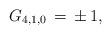
LaTeX: \begin{align*}G_{4,1,0}\,=\,\pm\,1,\end{align*}